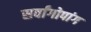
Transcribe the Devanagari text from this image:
सर्वांगोपांग